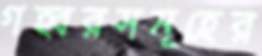
গহ্বরসমূহের